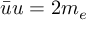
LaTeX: { \bar { u } } u = 2 m _ { e }